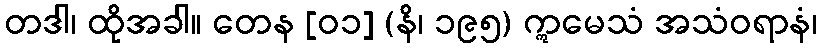
တဒါ၊ ထိုအခါ။ တေန [၀၁] (နိ၊ ၁၉၅) ဣမေသံ အသံဝရာနံ၊